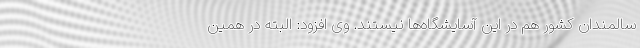
سالمندان کشور هم در این آسایشگاه‌ها نیستند. وی افزود: البته در همین